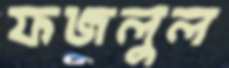
ফজলুল